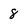
Character: 8